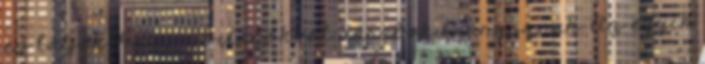
és látják, hogy a világokból darabok hiányoznak. Az egyik